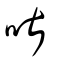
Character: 啿